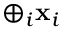
\oplus _ { i } \mathbf { x } _ { i }